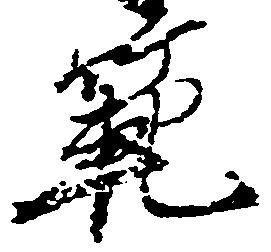
範